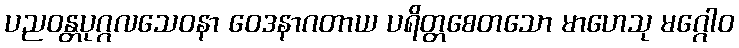
ပညဝန္တပုဂ္ဂလသေဝနာ ဝေဒနာဂတာယ ပရိတ္တစေတသော မာဟေသု မဂ္ဂေါဝ